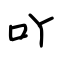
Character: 吖